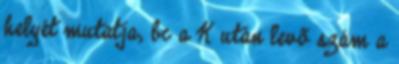
helyét mutatja, bc a K után levõ szám a